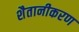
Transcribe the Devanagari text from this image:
शैतानीकरण